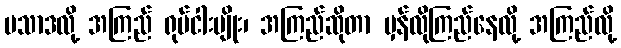
ပသာဒလို့ အကြည် ရုပ်ငါးမျိုး၊ အကြည်ဆိုတာ မှန်လိုကြည်နေလို့ အကြည်လို့